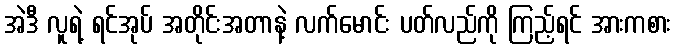
အဲဒီ လူရဲ့ ရင်အုပ် အတိုင်းအတာနဲ့ လက်မောင်း ပတ်လည်ကို ကြည့်ရင် အားကစား